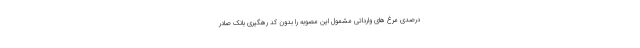
درصدی مرغ های وارداتی مشمول این مصوبه را بدون کد رهگیری بانک صادر